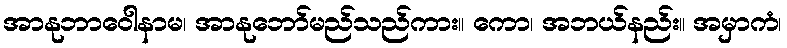
အာနုဘာဝေါနာမ၊ အာနုဘော်မည်သည်ကား။ ကော၊ အဘယ်နည်း။ အမှာကံ၊